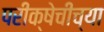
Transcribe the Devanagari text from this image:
परीक्षेचीच्या